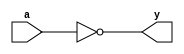
module _inv(a,y); //Inverter
input a;
output y;

assign y=~a;
endmodule

module _nand2(a,b,y); //nand gate
input a,b;
output y;
	
assign y=~(a&b);
endmodule

module _and2(a,b,y); //and gate
input a,b;
output y;
	
assign y=a&b;
endmodule

module _or2(a,b,y); //or gate
input a,b;
output y;
	
assign y=a|b;
endmodule

module _xor2(a,b,y);
input a,b;
output y;

wire inv_a,inv_b;
wire w0,w1;
_inv U0_inv(.a(a),.y(inv_a));		         //_inv instance
_inv U1_inv(.a(b),.y(inv_b));
_and2 U2_and2(.a(inv_a),.b(b),.y(w0));		//_and2 instance
_and2 U3_and2(.a(a),.b(inv_b),.y(w1));
_or2 U4_or2(.a(w0),.b(w1),.y(y));			//_or2 instance
endmodule